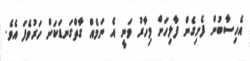
އެހިސާބުން ފެށިގެން ފާލިހަށް މިހާރު ވަނީ އެ ނަމެއް ގާތްގަނޑަކަށް ހަރުވެފަ އެވެ.